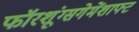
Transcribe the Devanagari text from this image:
फॉरशूंग्सगेमेंशाफ्ट